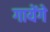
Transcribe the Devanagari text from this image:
गायेंगे